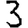
Digit: 3